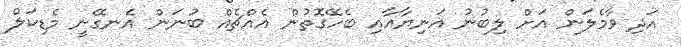
އަދި ވާމެލަން އަށް ލިބުނު އަނިޔާއާއި ބެހޭގޮތުން އެއްޗެއް ބުނަން އެނގޭނީ މެޑިކަލް